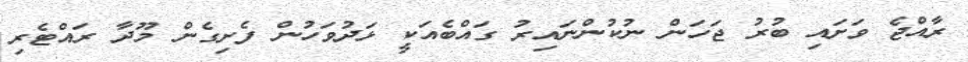
ރާއްޖެ ވަށައި ބުރު ޖަހަން ނުކުންނައިރު ގައްބެއަކީ ޅަދުވަހުން ފެށިގެން މޫދާ ރައްޓެރި